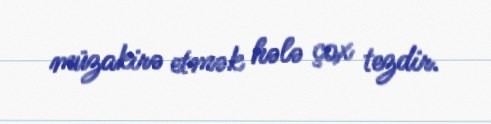
müzakirə etmək hələ çox tezdir.